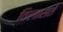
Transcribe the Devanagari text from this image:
विलासते